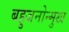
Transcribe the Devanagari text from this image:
बहुजनोन्मुख